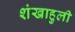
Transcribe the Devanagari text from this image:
शंखाहुली